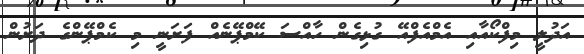
އަދުލީ މިފްކޯއާއި އެމްއެފްއޭ ގުޅިގެން ހާއްސަ ކޭމްޕޭނެއް ފަށަނީ މި ކެމްޕޭންގެ ދަށުން